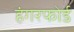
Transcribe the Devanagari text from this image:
हंगरफोर्ड